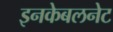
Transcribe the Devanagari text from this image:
इनकेबलनेट